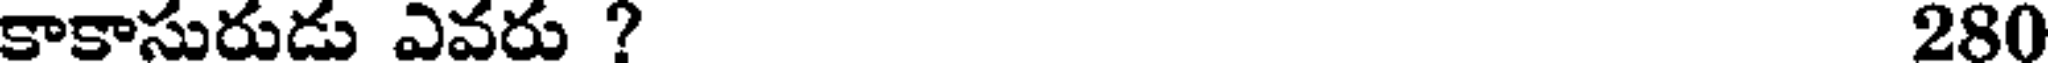
కాకాసురుడు ఎవరు ? 280